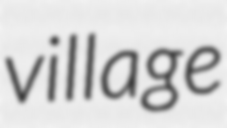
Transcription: village